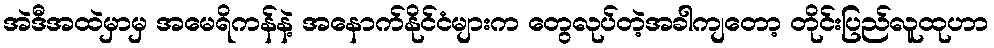
အဲဒီအထဲမှာမှ အမေရိကန်နဲ့ အနောက်နိုင်ငံများက တွေလုပ်တဲ့အခါကျတော့ တိုင်းပြည်လူထုဟာ